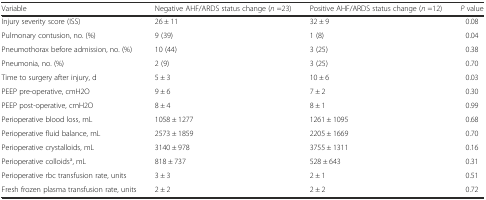
<table><thead><tr><td><b>Variable</b></td><td><b>Negative AHF/ARDS status change (<i>n</i> =23)</b></td><td><b>Positive AHF/ARDS status change (<i>n</i> =12)</b></td><td><b><i>P</i> value</b></td></tr></thead><tbody><tr><td>Injury severity score (ISS)</td><td>26 ± 11</td><td>32 ± 9</td><td>0.08</td></tr><tr><td>Pulmonary contusion, no. (%)</td><td>9 (39)</td><td>1 (8)</td><td>0.04</td></tr><tr><td>Pneumothorax before admission, no. (%)</td><td>10 (44)</td><td>3 (25)</td><td>0.38</td></tr><tr><td>Pneumonia, no. (%)</td><td>2 (9)</td><td>3 (25)</td><td>0.70</td></tr><tr><td>Time to surgery after injury, d</td><td>5 ± 3</td><td>10 ± 6</td><td>0.03</td></tr><tr><td>PEEP pre-operative, cmH2O</td><td>9 ± 6</td><td>7 ± 2</td><td>0.30</td></tr><tr><td>PEEP post-operative, cmH2O</td><td>8 ± 4</td><td>8 ± 1</td><td>0.99</td></tr><tr><td>Perioperative blood loss, mL</td><td>1058 ± 1277</td><td>1261 ± 1095</td><td>0.68</td></tr><tr><td>Perioperative fluid balance, mL</td><td>2573 ± 1859</td><td>2205 ± 1669</td><td>0.70</td></tr><tr><td>Perioperative crystalloids, mL</td><td>3140 ± 978</td><td>3755 ± 1311</td><td>0.16</td></tr><tr><td>Perioperative colloids<sup>a</sup>, mL</td><td>818 ± 737</td><td>528 ± 643</td><td>0.31</td></tr><tr><td>Perioperative rbc transfusion rate, units</td><td>3 ± 3</td><td>2 ± 1</td><td>0.51</td></tr><tr><td>Fresh frozen plasma transfusion rate, units</td><td>2 ± 2</td><td>2 ± 2</td><td>0.72</td></tr></tbody></table>